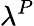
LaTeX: \lambda^{P}